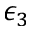
\epsilon _ { 3 }